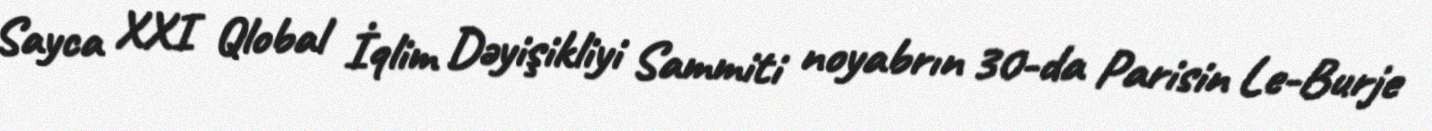
Sayca XXI Qlobal İqlim Dəyişikliyi Sammiti noyabrın 30-da Parisin Le-Burje